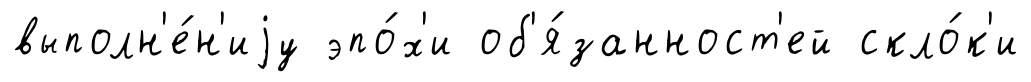
выполн'е́н'иjу эпо́х'и об'я́занност'ей скло́к'и